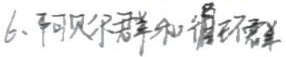
6、阿贝尔群和循环群